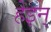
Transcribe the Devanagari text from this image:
हेइन्